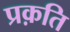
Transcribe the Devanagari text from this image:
प्रक़ति